Vaccination in Burma 1920-1933 - 1920-1933
Year: 1920
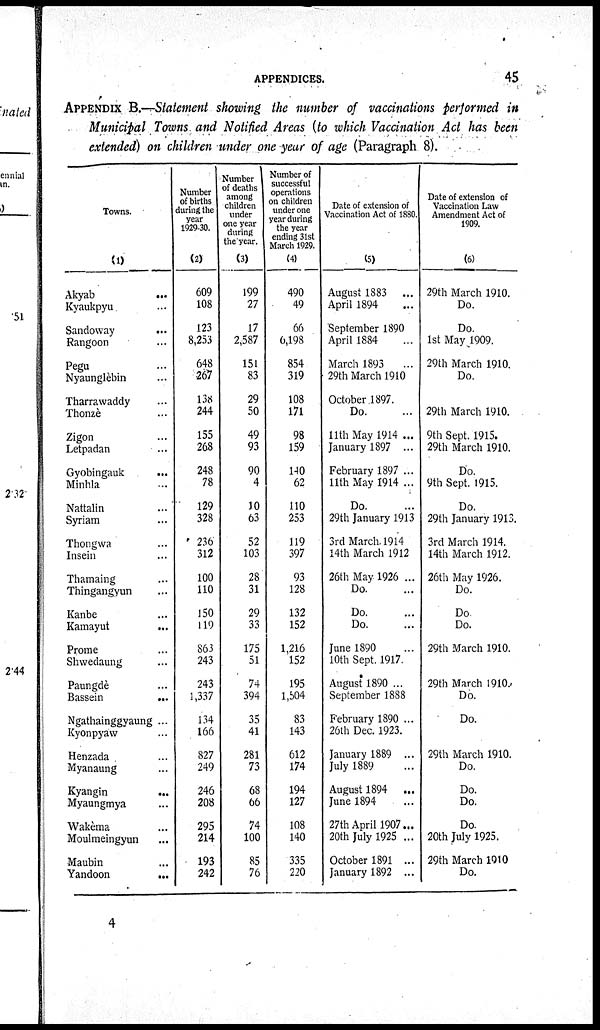
APPENDICES.
45
APPENDIX B.—Statement showing the number of vaccinations performed in
Municipal Towns and Notified Areas (to which Vaccination Act has been
extended) on children under one year of age (Paragraph 8).
Towns.
(1)
Akyab
...
Kyaukpyu ...
Sandoway
...
Rangoon ...
Pegu ...
Nyaunglèbin ...
Tharrawaddy ...
Thonzè ...
Zigon ...
Letpadan ...
Gyobingauk
...
Minhla ...
Nattalin ...
Syriam ...
Thongwa ...
Insein ...
Thamaing ...
Thingangyun ...
Kanbe ...
Kamayut
...
Prome ...
Shwedaung ...
Paungdè ...
Bassein
...
Ngathainggyaung ...
Kyonpyaw ...
Henzada ...
Myanaung ...
Kyangin ...
Myaungmya ...
Wakèma ...
Moulmeingyun ...
Maubin ...
Yandoon
...
Number
of births
during the
year
1929-30.
(2)
609
108
123
8,253
648
267
138
244
155
268
248
78
129
328
236
312
100
110
150
119
863
243
243
1,337
134
166
827
249
246
208
295
214
193
242
Number
of deaths
among
children
under
one year
during
the year.
(3)
199
27
17
2,587
151
83
29
50
49
93
90
4
10
63
52
103
28
31
29
33
175
51
74
394
35
41
281
73
68
66
74
100
85
76
Number of
successful
operations
on children
under one
year during
the year
ending 31st
March 1929.
(4)
490
49
66
6,198
854
319
108
171
98
159
140
62
110
253
119
397
93
128
132
152
1,216
152
195
1,504
83
143
612
174
194
127
108
140
335
220
Date of extension of
Vaccination Act of 1880.
(5)
August 1883
...
April 1894 ...
September 1890 ...
April 1884 ...
March 1893 ...
29th March 1910
October 1897.
Do. ...
11th May 1914 ...
January 1897 ...
February 1897 ...
11th May 1914 ...
Do. ...
29th January 1913
3rd March. 1914
14th March 1912
26th May 1926 ...
Do. ...
Do. ...
Do. ...
June 1890 ...
10th Sept. 1917.
August 1890 ...
September 1888
February 1890 ...
26th Dec. 1923.
January 1889 ...
July 1889 ...
August 1894
...
June 1894 ...
27th April 1907...
20th July 1925 ...
October 1891 ...
January 1892 ...
Date of extension of
Vaccination Law
Amendment Act of
1909.
(6)
29th March 1910.
Do.
Do.
1st May 1909.
29th March 1910.
Do.
29th March 1910.
9th Sept. 1915.
29th March 1910.
Do.
9th Sept. 1915.
Do.
29th January 1913.
3rd March 1914.
14th March 1912.
26th May 1926.
Do.
Do
Do.
29th March 1910.
29th March 1910..
Do.
Do.
29th March 1910.
Do.
Do.
Do.
Do.
20th July 1925.
29th March 1910
Do.
4